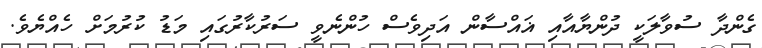
ގެންދާ ސުވާލަކީ ދުންޔާއާއި ޣައްސާން އަދިވެސް ހުންނެވީ ސަރުކާރުގައި މަޑު ކުރުމަށް ހެއްޔެވެ.